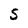
Character: 5